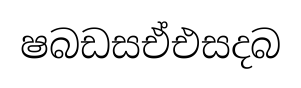
ෂබඩසඒඑසදබ